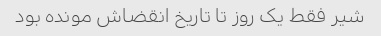
شیر فقط یک روز تا تاریخ انقضاش مونده بود